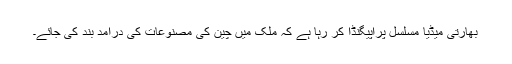
بھارتی میڈیا مسلسل پراپیگنڈا کر رہا ہے کہ ملک میں چین کی مصنوعات کی درآمد بند کی جائے۔